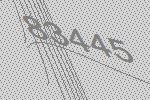
83445